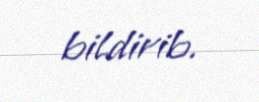
bildirib.